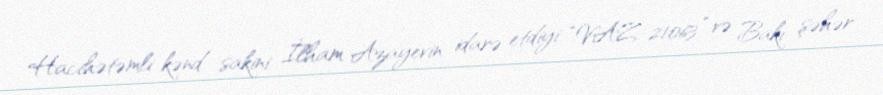
Hacıhətəmli kənd sakini İlham Azayevin idarə etdiyi “VAZ-21063” və Bakı şəhər